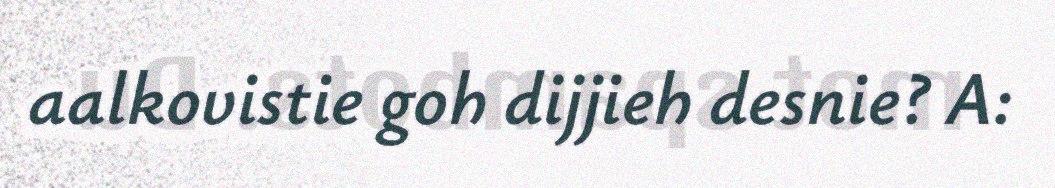
aalkovistie goh dijjieh desnie? A: